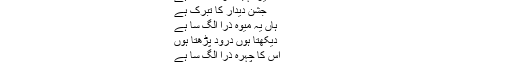
عارف امام
سیدھا سادہ ذرا الگ سا ہے
میرا لہجہ ذرا الگ سا ہے
جشنِ دیدار کا تبرّک ہے
ہاں یہ میوہ ذرا الگ سا ہے
دیکھتا ہوں درود پڑھتا ہوں
اس کا چہرہ ذرا الگ سا ہے
پی رہا ہوں وہی پرانی شراب
بس پیالہ ذرا الگ سا ہے
بیچ بازار کے ، گٹھڑی نہیں کھولی جاتی ۔